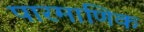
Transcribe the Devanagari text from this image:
पारमाणिक